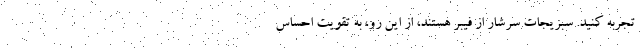
تجربه کنید. سبزیجات سرشار از فیبر هستند، از این رو، به تقویت احساس